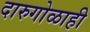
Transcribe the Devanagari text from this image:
दारुगोळाही